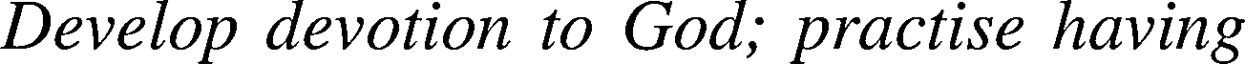
Develop devotion to God; practise having